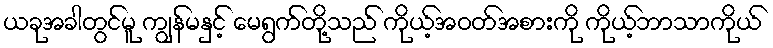
ယခုအခါတွင်မူ ကျွန်မနှင့် မေရွက်တို့သည် ကိုယ့်အဝတ်အစားကို ကိုယ့်ဘာသာကိုယ်